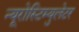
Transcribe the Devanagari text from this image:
न्यूरोस्टिम्युलेटर